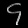
Digit: ၄